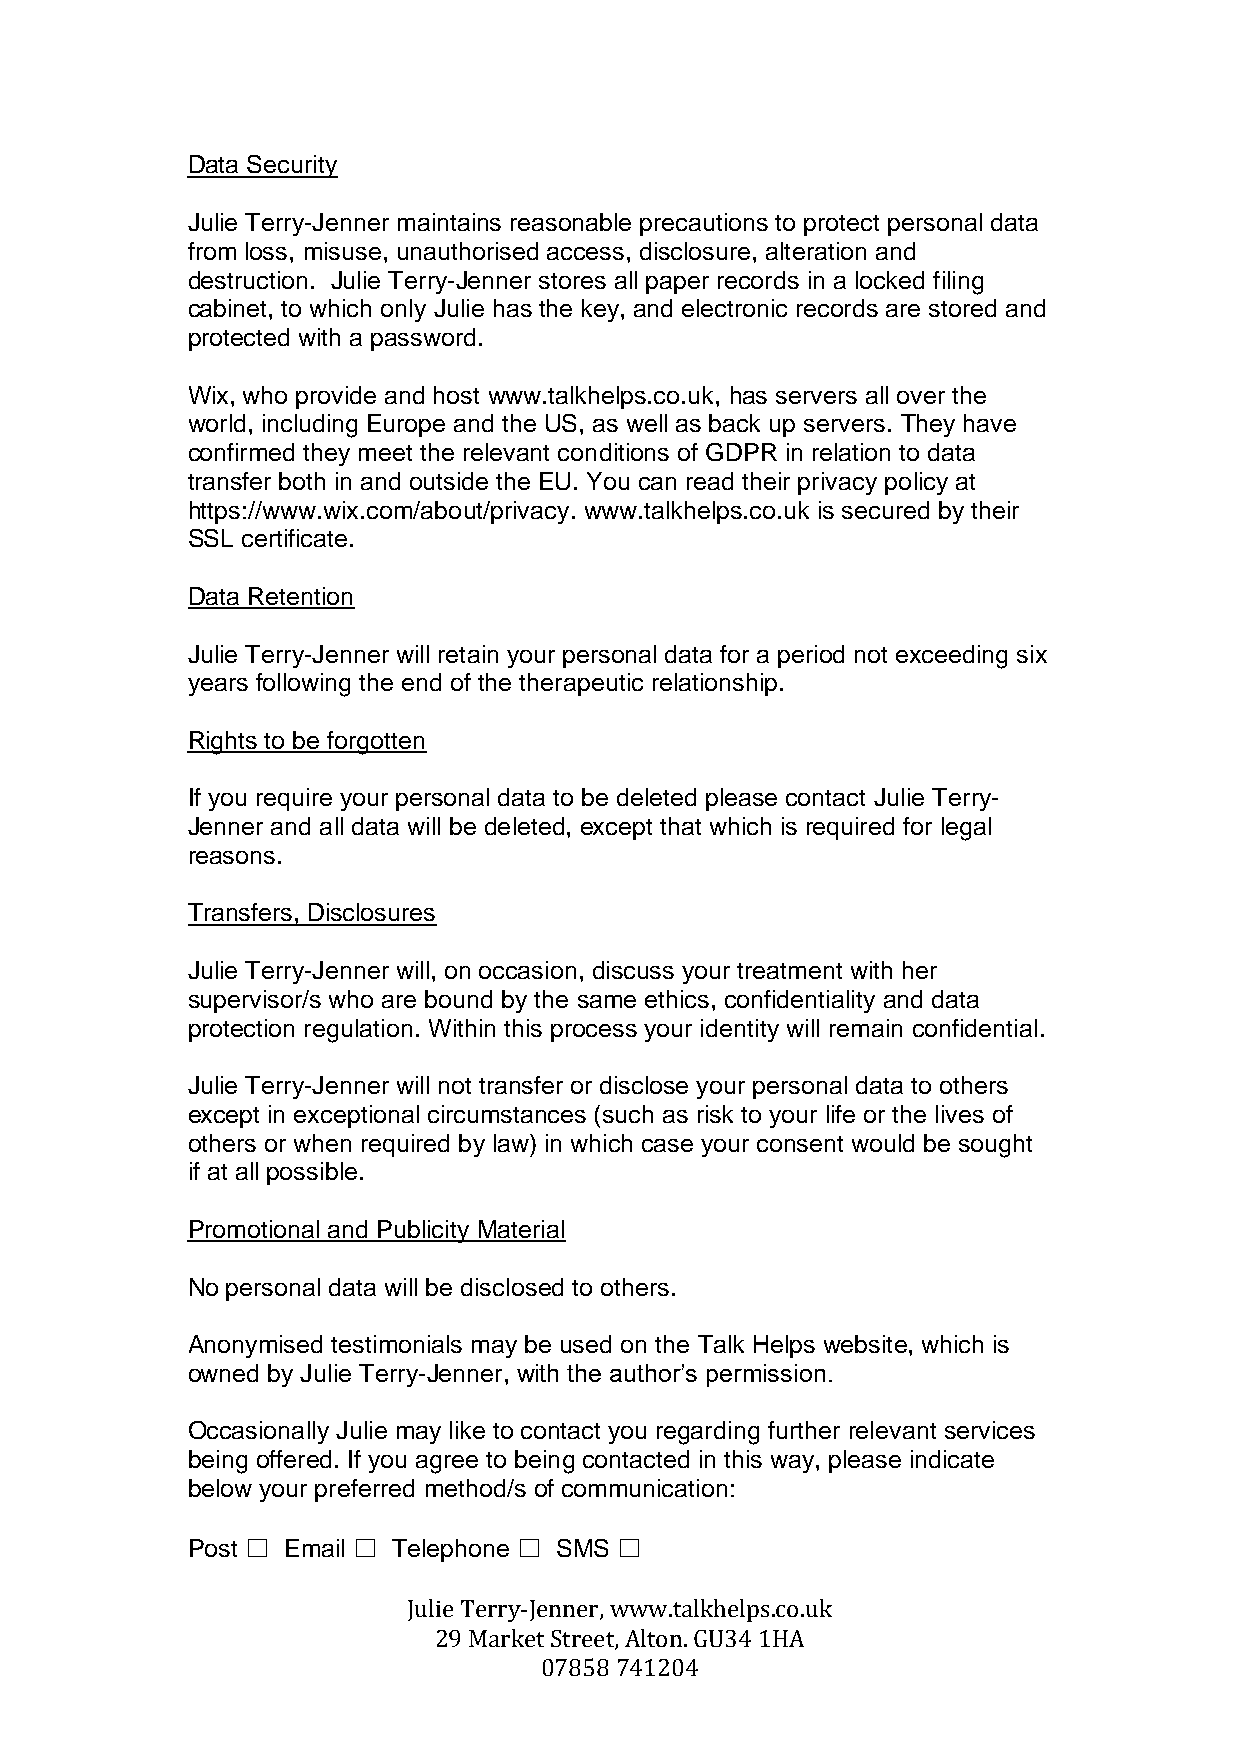
Data Security
 Julie Terry-Jenner maintains reasonable precautions to protect personal data
 from loss, misuse, unauthorised access, disclosure, alteration and
 destruction. Julie Terry-Jenner stores all paper records in a locked filing
 cabinet, to which only Julie has the key, and electronic records are stored and
 protected with a password.
 Wix, who provide and host www.talkhelps.co.uk, has servers all over the
 world, including Europe and the US, as well as back up servers. They have
 confirmed they meet the relevant conditions of GDPR in relation to data
 transfer both in and outside the EU. You can read their privacy policy at
 https://www.wix.com/about/privacy. www.talkhelps.co.uk is secured by their
 SSL certificate.
 Data Retention
 Julie Terry-Jenner will retain your personal data for a period not exceeding six
 years following the end of the therapeutic relationship.
 Rights to be forgotten
 If you require your personal data to be deleted please contact Julie Terry-
 Jenner and all data will be deleted, except that which is required for legal
 reasons.
 Transfers, Disclosures
 Julie Terry-Jenner will, on occasion, discuss your treatment with her
 supervisor/s who are bound by the same ethics, confidentiality and data
 protection regulation. Within this process your identity will remain confidential.
 Julie Terry-Jenner will not transfer or disclose your personal data to others
 except in exceptional circumstances (such as risk to your life or the lives of
 others or when required by law) in which case your consent would be sought
 if at all possible.
 Promotional and Publicity Material
 No personal data will be disclosed to others.
 Anonymised testimonials may be used on the Talk Helps website, which is
 owned by Julie Terry-Jenner, with the author’s permission.
 Occasionally Julie may like to contact you regarding further relevant services
 being offered. If you agree to being contacted in this way, please indicate
 below your preferred method/s of communication:
 Post ☐ Email ☐ Telephone ☐ SMS ☐
 Julie Terry-Jenner, www.talkhelps.co.uk
 29 Market Street, Alton. GU34 1HA
 07858 741204